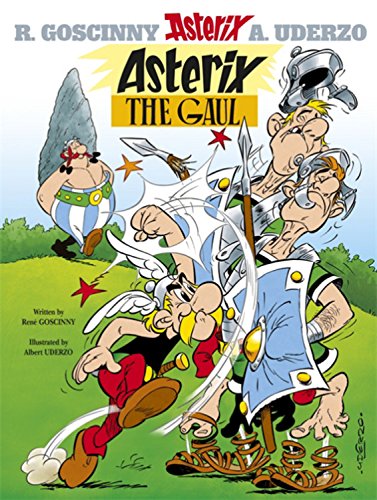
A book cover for Asterix the Gaul: Album #1; Rene Goscinny; Comics & Graphic Novels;